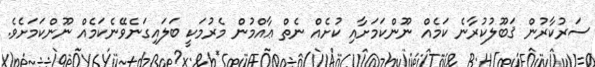
ސަރުކާރުން ޤަބޫލުކުރާނެ ކަމެއް ނޫންކަމަށާއި ކުށެއް ނެތް ޢާއްމުން މެރުމަކީ ބަލައިގަނެވޭނެކަމެއް ނޫންކަމަށެވެ.